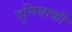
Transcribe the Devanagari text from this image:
दुनियाकी